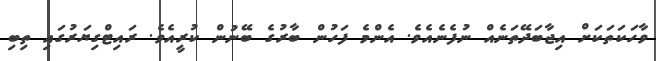
ވާހަކަތަކަށް އިޖާބަދޭތަނެއް ނުފެނެއެވެ. އެންމެ ފަހުން ބާރުގެ ބޭނުން ކުރީއެވެ. ރައިޓްގިޔަރުގައި ތިބި